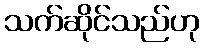
သက်ဆိုင်သည်ဟု